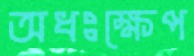
অধঃক্ষেপ